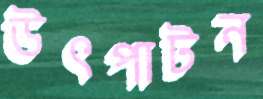
উৎপাটন